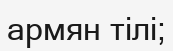
армян тілі;